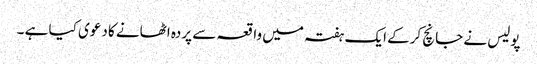
پولیس نے جانچ کرکے ایک ہفتہ میں واقعہ سے پردہ اٹھانے کا دعوی کیا ہے ۔